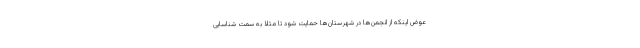
عوض اینکه از انجمن‌ها در شهرستان‌ها حمایت شود تا مثلا به سمت شناسایی